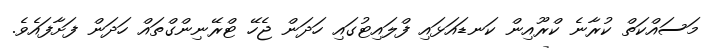
މަސައްކަތް ކުރާނެ ކްރޫއިން ކަނޑައަޅައި ފްލައިޓުގައި ހަދަން ޖެހޭ ޓްރޭނިންގްތައް ހަދަން ފަށާފައެވެ.